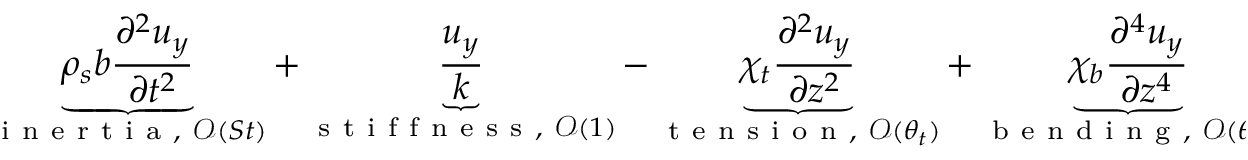
\underbrace { \rho _ { s } b \frac { \partial ^ { 2 } u _ { y } } { \partial t ^ { 2 } } } _ { \mathrm { ~ i ~ n ~ e ~ r ~ t ~ i ~ a ~ } , ~ \mathcal { O } ( S t ) } + \underbrace { \frac { u _ { y } } { k } } _ { \mathrm { ~ s ~ t ~ i ~ f ~ f ~ n ~ e ~ s ~ s ~ } , ~ \mathcal { O } ( 1 ) } - \underbrace { \chi _ { t } \frac { \partial ^ { 2 } u _ { y } } { \partial z ^ { 2 } } } _ { \mathrm { ~ t ~ e ~ n ~ s ~ i ~ o ~ n ~ } , ~ \mathcal { O } ( \theta _ { t } ) } + \underbrace { \chi _ { b } \frac { \partial ^ { 4 } u _ { y } } { \partial z ^ { 4 } } } _ { \mathrm { ~ b ~ e ~ n ~ d ~ i ~ n ~ g ~ } , ~ \mathcal { O } ( \theta _ { b } ) } = \underbrace { p } _ { \mathrm { ~ l ~ o ~ a ~ d ~ } , ~ \mathcal { O } ( 1 ) } ,